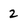
Character: 2